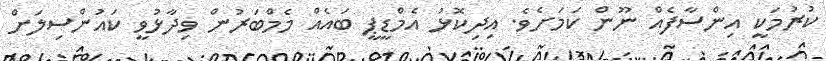
ކުރުމަކީ އިންސާފެއް ނޫން ކަމަށެވެ. އިދިކޮޅު އެމްޑީޕީ ބައެއް މެމްބަރުން ވިދާޅުވީ ކައުންސިލަށް